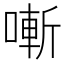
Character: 𠼗